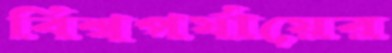
বিশ্বপর্যায়ের